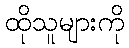
ထိုသူများကို